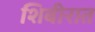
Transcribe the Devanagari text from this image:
शिबीरात